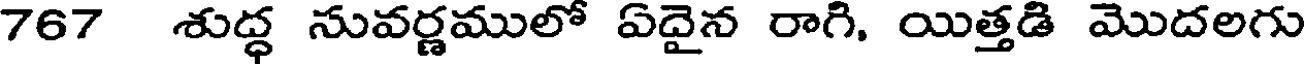
767 శుద్ధ సువర్ణములో ఏదైన రాగి, యిత్తడి మొదలగు